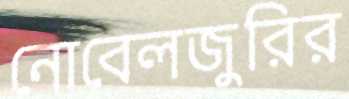
নোবেলজুরির